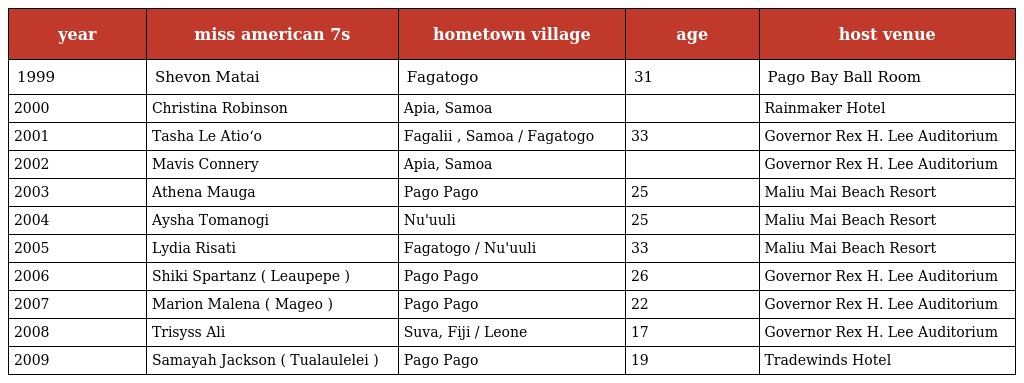
| year | miss american 7s | hometown village | age | host venue |
 | --- | --- | --- | --- | --- |
 | 1999 | Shevon Matai | Fagatogo | 31 | Pago Bay Ball Room |
 | 2000 | Christina Robinson | Apia, Samoa |  | Rainmaker Hotel |
 | 2001 | Tasha Le Atio‘o | Fagalii , Samoa / Fagatogo | 33 | Governor Rex H. Lee Auditorium |
 | 2002 | Mavis Connery | Apia, Samoa |  | Governor Rex H. Lee Auditorium |
 | 2003 | Athena Mauga | Pago Pago | 25 | Maliu Mai Beach Resort |
 | 2004 | Aysha Tomanogi | Nu'uuli | 25 | Maliu Mai Beach Resort |
 | 2005 | Lydia Risati | Fagatogo / Nu'uuli | 33 | Maliu Mai Beach Resort |
 | 2006 | Shiki Spartanz ( Leaupepe ) | Pago Pago | 26 | Governor Rex H. Lee Auditorium |
 | 2007 | Marion Malena ( Mageo ) | Pago Pago | 22 | Governor Rex H. Lee Auditorium |
 | 2008 | Trisyss Ali | Suva, Fiji / Leone | 17 | Governor Rex H. Lee Auditorium |
 | 2009 | Samayah Jackson ( Tualaulelei ) | Pago Pago | 19 | Tradewinds Hotel |